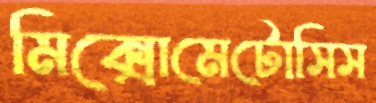
মিক্সোমেটোসিস